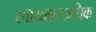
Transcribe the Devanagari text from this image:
स्वायत्तताअधिक